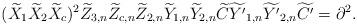
LaTeX: \begin{align*}(\widetilde{X}_1 \widetilde{X}_2 \widetilde{X}_c)^2 \widetilde{Z}_{3,n} \widetilde{Z}_{c,n} \widetilde{Z}_{2,n} \widetilde{Y}_{1,n} \widetilde{Y}_{2,n} \widetilde{C} \widetilde{Y^\prime}_{1,n} \widetilde{Y^\prime}_{2,n} \widetilde{C^\prime} = \partial^2. \end{align*}